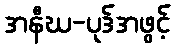
အနီဃ-ပုဒ်အဖွင့်